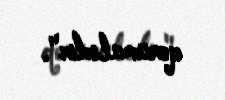
qorumalıdır".